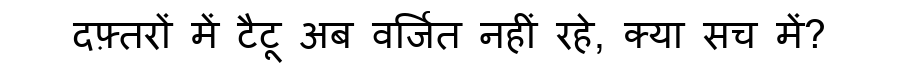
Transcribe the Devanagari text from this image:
दफ़्तरों में टैटू अब वर्जित नहीं रहे, क्या सच में?